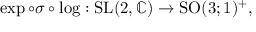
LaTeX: \exp \circ \sigma \circ \log : { \mathrm { S L } } ( 2 , \mathbb { C } ) \to { \mathrm { S O } } ( 3 ; 1 ) ^ { + } ,